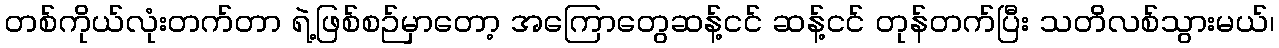
တစ်ကိုယ်လုံးတက်တာ ရဲ့ဖြစ်စဉ်မှာတော့ အကြောတွေဆန့်ငင် ဆန့်ငင် တုန်တက်ပြီး သတိလစ်သွားမယ်၊